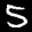
Label: 5